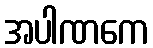
အပါဏကေ